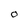
Character: O